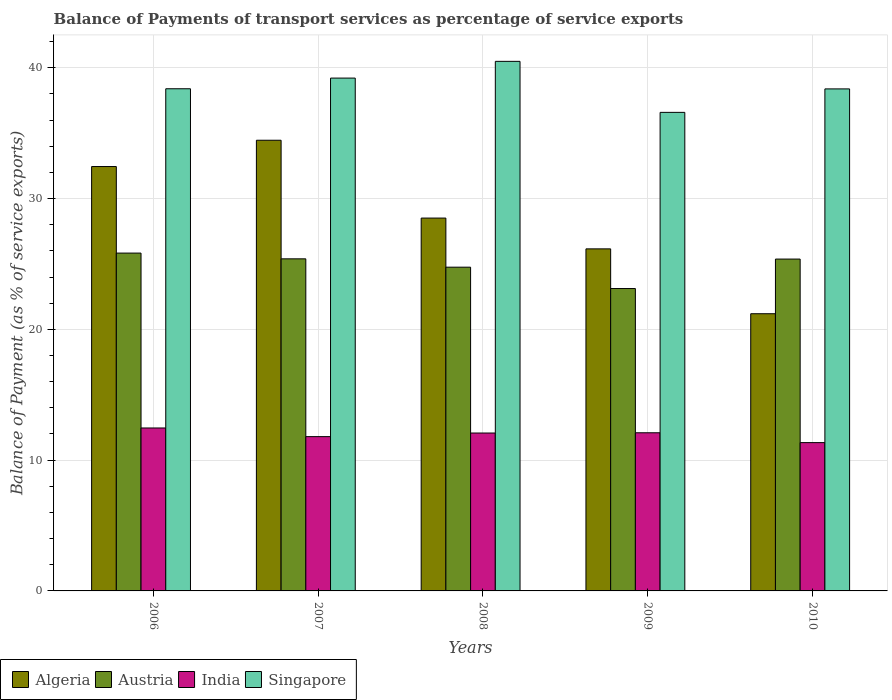
| Years | Algeria | Austria | India | Singapore |
 | --- | --- | --- | --- | --- |
 | 2006 | 32.4 | 25.8 | 12.5 | 38.4 |
 | 2007 | 34.5 | 25.4 | 11.8 | 39.2 |
 | 2008 | 28.5 | 24.8 | 12.1 | 40.5 |
 | 2009 | 26.2 | 23.1 | 12.1 | 36.6 |
 | 2010 | 21.2 | 25.4 | 11.3 | 38.4 |